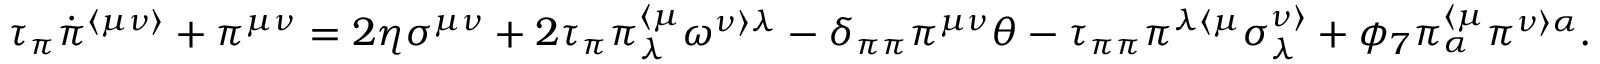
\tau _ { \pi } \dot { \pi } ^ { \langle \mu \nu \rangle } + \pi ^ { \mu \nu } = 2 \eta \sigma ^ { \mu \nu } + 2 \tau _ { \pi } \pi _ { \lambda } ^ { \langle \mu } \omega ^ { \nu \rangle \lambda } - \delta _ { \pi \pi } \pi ^ { \mu \nu } \theta - \tau _ { \pi \pi } \pi ^ { \lambda \langle \mu } \sigma _ { \lambda } ^ { \nu \rangle } + \phi _ { 7 } \pi _ { \alpha } ^ { \langle \mu } \pi ^ { \nu \rangle \alpha } .